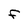
Character: F